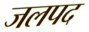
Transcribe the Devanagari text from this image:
जलपद